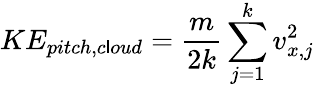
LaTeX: KE_{pitch,c\mathsf{l}oud}=\frac{{m}}{{2k}}\sum_{j=1}^{k}v_{x,j}^{2}